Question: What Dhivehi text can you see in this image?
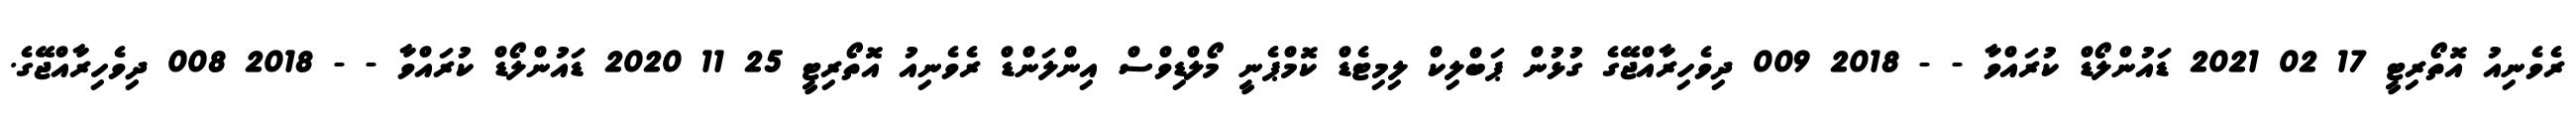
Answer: ރެވެނިއު އޮތޯރިޓީ 17 02 2021 ޑައުންލޯޑް ކުރައްވާ - - 2018 009 ދިވެހިރާއްޖޭގެ ގުޅުން ޕަބްލިކް ލިމިޓެޑް ކޮމްޕެނީ މޯލްޑިވްސް އިންލަންޑް ރެވެނިއު އޮތޯރިޓީ 25 11 2020 ޑައުންލޯޑް ކުރައްވާ - - 2018 008 ދިވެހިރާއްޖޭގެ.